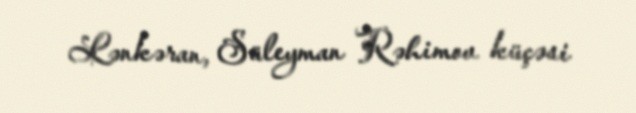
Lənkəran, Süleyman Rəhimov küçəsi